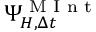
\Psi _ { H , \Delta t } ^ { \textrm { M I n t } }